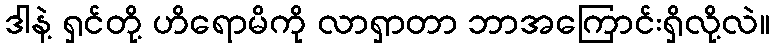
ဒါနဲ့ ရှင်တို့ ဟိရောမိကို လာရှာတာ ဘာအကြောင်းရှိလို့လဲ။